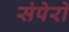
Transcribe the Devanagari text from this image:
संपेरो